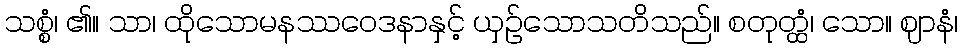
သစ္စံ၊ ၏။ သာ၊ ထိုသောမနဿဝေဒနာနှင့် ယှဉ်သောသတိသည်။ စတုတ္ထံ၊ သော။ ဈာနံ၊